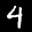
Label: 4